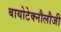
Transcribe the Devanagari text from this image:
बायोटेक्नौलौजी